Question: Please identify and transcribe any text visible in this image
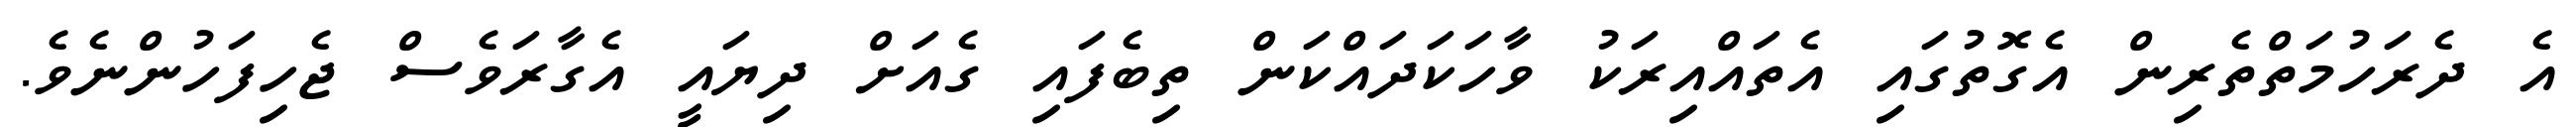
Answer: އެ ދެރަހުމަތްތެރިން އެގޮތުގައި އެތައްއިރަކު ވާހަކަދައްކަން ތިބެފައި ގެއަށް ދިޔައީ އެގާރަވެސް ޖެހިފަހުންނެވެ.